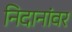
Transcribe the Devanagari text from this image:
निदानांवर